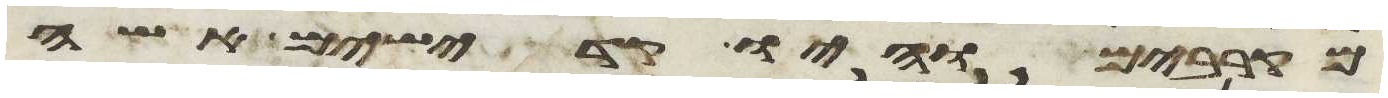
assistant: מקרבים והיו קדישים אשה